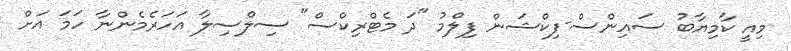
މިއީ ކާމިޔާބު ސައިންސް-ފިކްޝަން ފިލްމު "ދަ މެޓްރިކްސް" ސިލްސިލާ އަހަރެމެންނާ ހަމަ އަށް